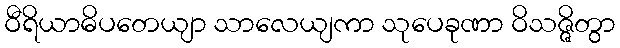
ဝီရိယာဓိပတေယျာ သာလေယျကာ သုပေခုဏာ ဝိသဇ္ဇိတွာ